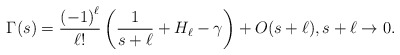
\begin{align*}\Gamma(s)=\frac{\left( -1\right) ^{\ell}}{\ell!}\left( \frac{1}{s+\ell} + H_\ell-\gamma \right)+ O(s+\ell), s+\ell\to 0.\end{align*}